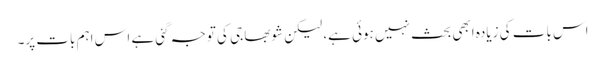
اس بات کی زیادہ ابھی بحث نہیں ہوئی ہے، لیکن شوبھا جی کی توجہ گئی ہے اس اہم بات پر۔